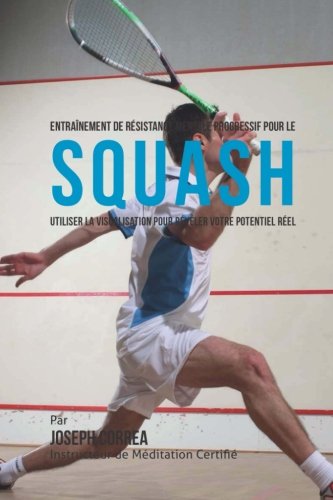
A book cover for Entrainement de Resistance Mentale Progressif Pour Le Squash: Utiliser la Visualisation Pour Reveler Votre Potentiel Reel (French Edition); Joseph Correa (Instructeur Certifie de Meditation); Sports & Outdoors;